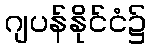
ဂျပန်နိုင်ငံ၌